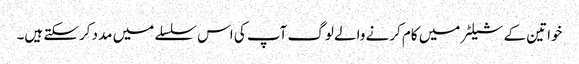
خواتین کے شیلٹر میں کام کرنے والے لوگ آپ کی اس سلسلے میں مدد کرسکتے ہیں۔